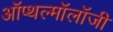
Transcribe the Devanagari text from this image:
ऑप्थल्मॉलॉजी